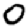
Digit: 0